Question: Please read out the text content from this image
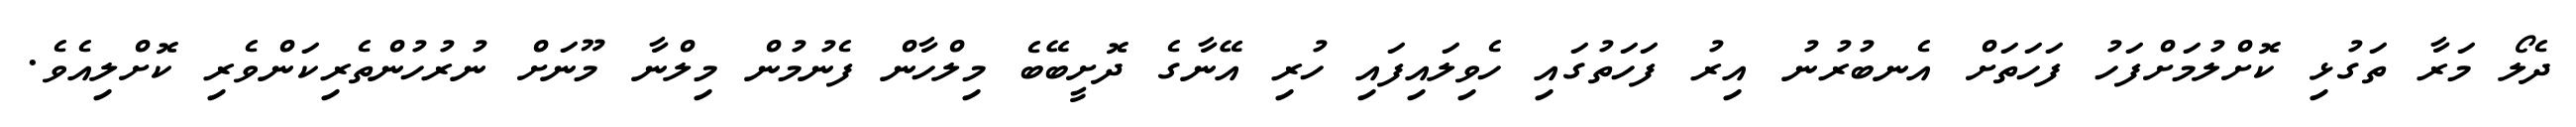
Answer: ދެލޯ މަރާ ތަގުޅި ކޮށްލުމަށްފަހު ފަހަތަށް އެނބުރުނު އިރު ފަހަތުގައި ހެވިލައިފައި ހުރި އޭނާގެ ދޮށީބޭބެ މިލްހާން ފެނުމުން މިލްނާ މޫނަށް ނުރުހުންތެރިކަންވެރި ކޮށްލިއެވެ.